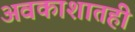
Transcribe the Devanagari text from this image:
अवकाशातही